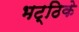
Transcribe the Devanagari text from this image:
भट्ठिके